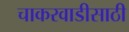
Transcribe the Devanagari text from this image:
चाकरवाडीसाठी